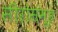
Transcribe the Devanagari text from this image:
सीरोसमूह